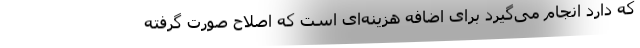
که دارد انجام می‌گیرد برای اضافه هزینه‌ای است که اصلاح صورت گرفته